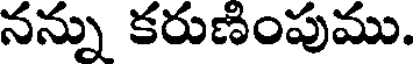
నన్ను కరుణింపుము.